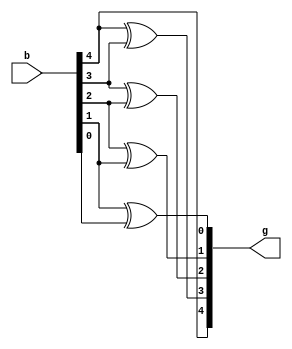
module b2g_nbit#(parameter n = 5)(output [n-1:0]g, input [n-1:0]b);

assign g[n-1] = b[n-1];
genvar i;
	for(i=n-2; i>=0; i=i-1)
	begin: Binary_to_Gray
		assign g[i] = b[i+1] ^ b[i];
	end

endmodule